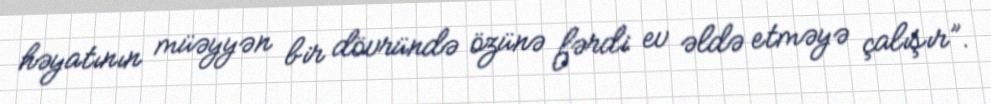
həyatının müəyyən bir dövründə özünə fərdi ev əldə etməyə çalışır”.